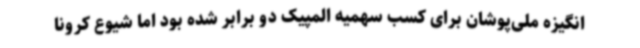
انگیزه ملی‌پوشان برای کسب سهمیه المپیک دو برابر شده بود اما شیوع کرونا